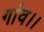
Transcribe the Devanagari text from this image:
गांव।।